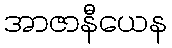
အာဇာနီယေန